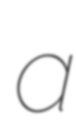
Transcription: a